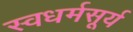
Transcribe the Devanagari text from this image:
स्वधर्मसूर्य